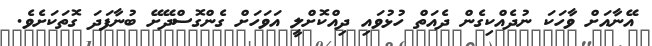
އޭނާއަށް ވާހަކަ ނުދެއްކިގެން ދެއަތް ހުޅުވައި ދިއްކޮށްލީ އަވަހަށް ގެންގޮސްދޭށޭ ބުނާފަދަ ގޮތަކަށެވެ.